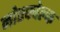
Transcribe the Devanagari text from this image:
नोरफोल्क